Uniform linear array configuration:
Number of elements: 12
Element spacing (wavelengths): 1
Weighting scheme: cosine
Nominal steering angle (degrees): -60
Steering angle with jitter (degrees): -60.031
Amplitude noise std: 0.05
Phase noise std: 0.05

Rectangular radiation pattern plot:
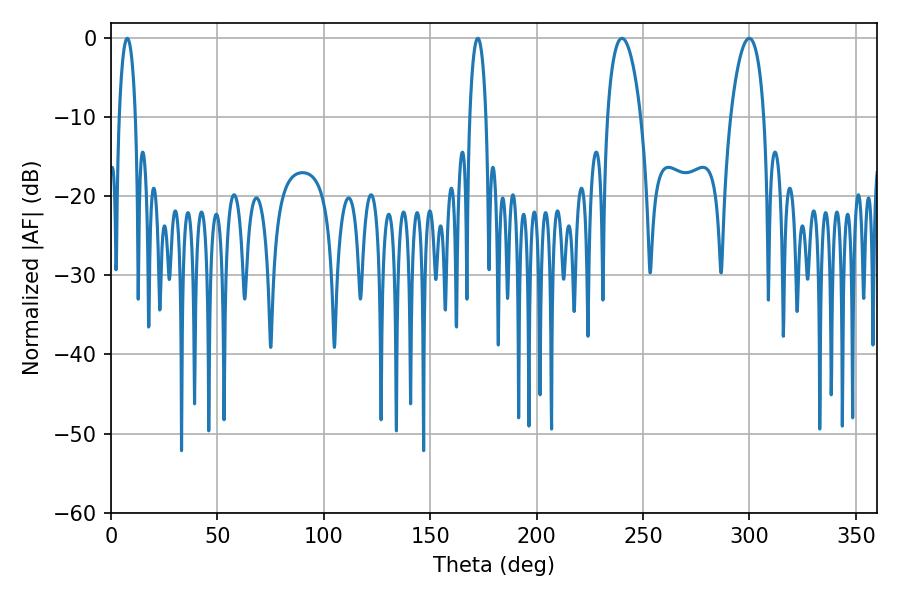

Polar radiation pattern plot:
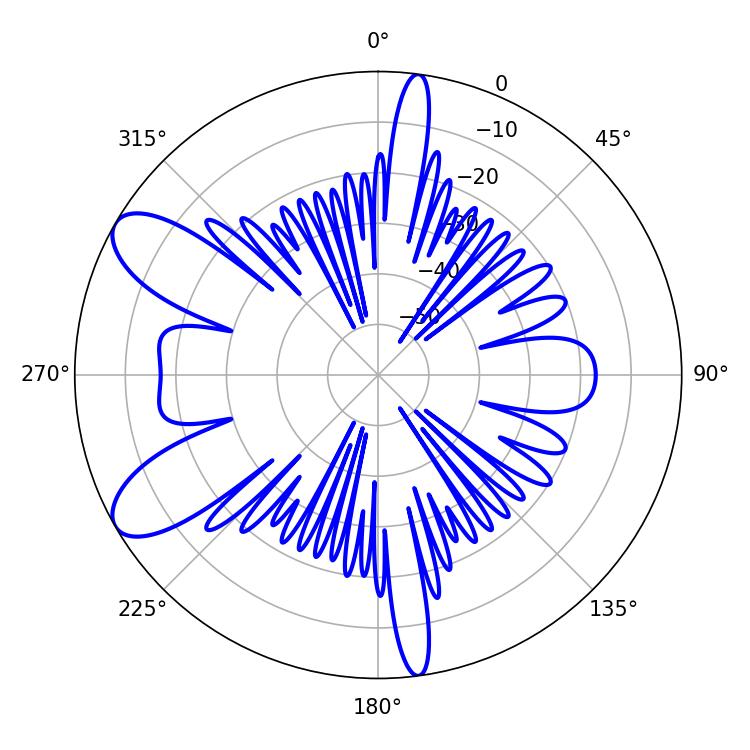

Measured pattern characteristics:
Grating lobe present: TRUE
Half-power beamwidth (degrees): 8.82
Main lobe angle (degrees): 299.88